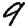
Digit: 9